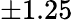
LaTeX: \pm 1.25